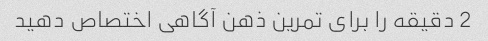
2 دقیقه را برای تمرین ذهن آگاهی اختصاص دهید